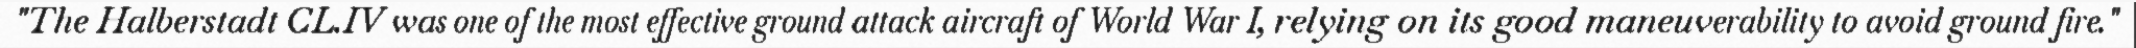
"The Halberstadt CL.IV was one of the most effective ground attack aircraft of World War I, relying on its good maneuverability to avoid ground fire."